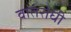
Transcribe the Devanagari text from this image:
वातरोधी